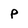
Character: P